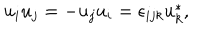
LaTeX: u _ { i } u _ { j } = - u _ { j } u _ { i } = \epsilon _ { i j k } u _ { k } ^ { * } ,